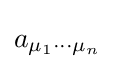
a_{\mu _{1}\cdots \mu _{n}}